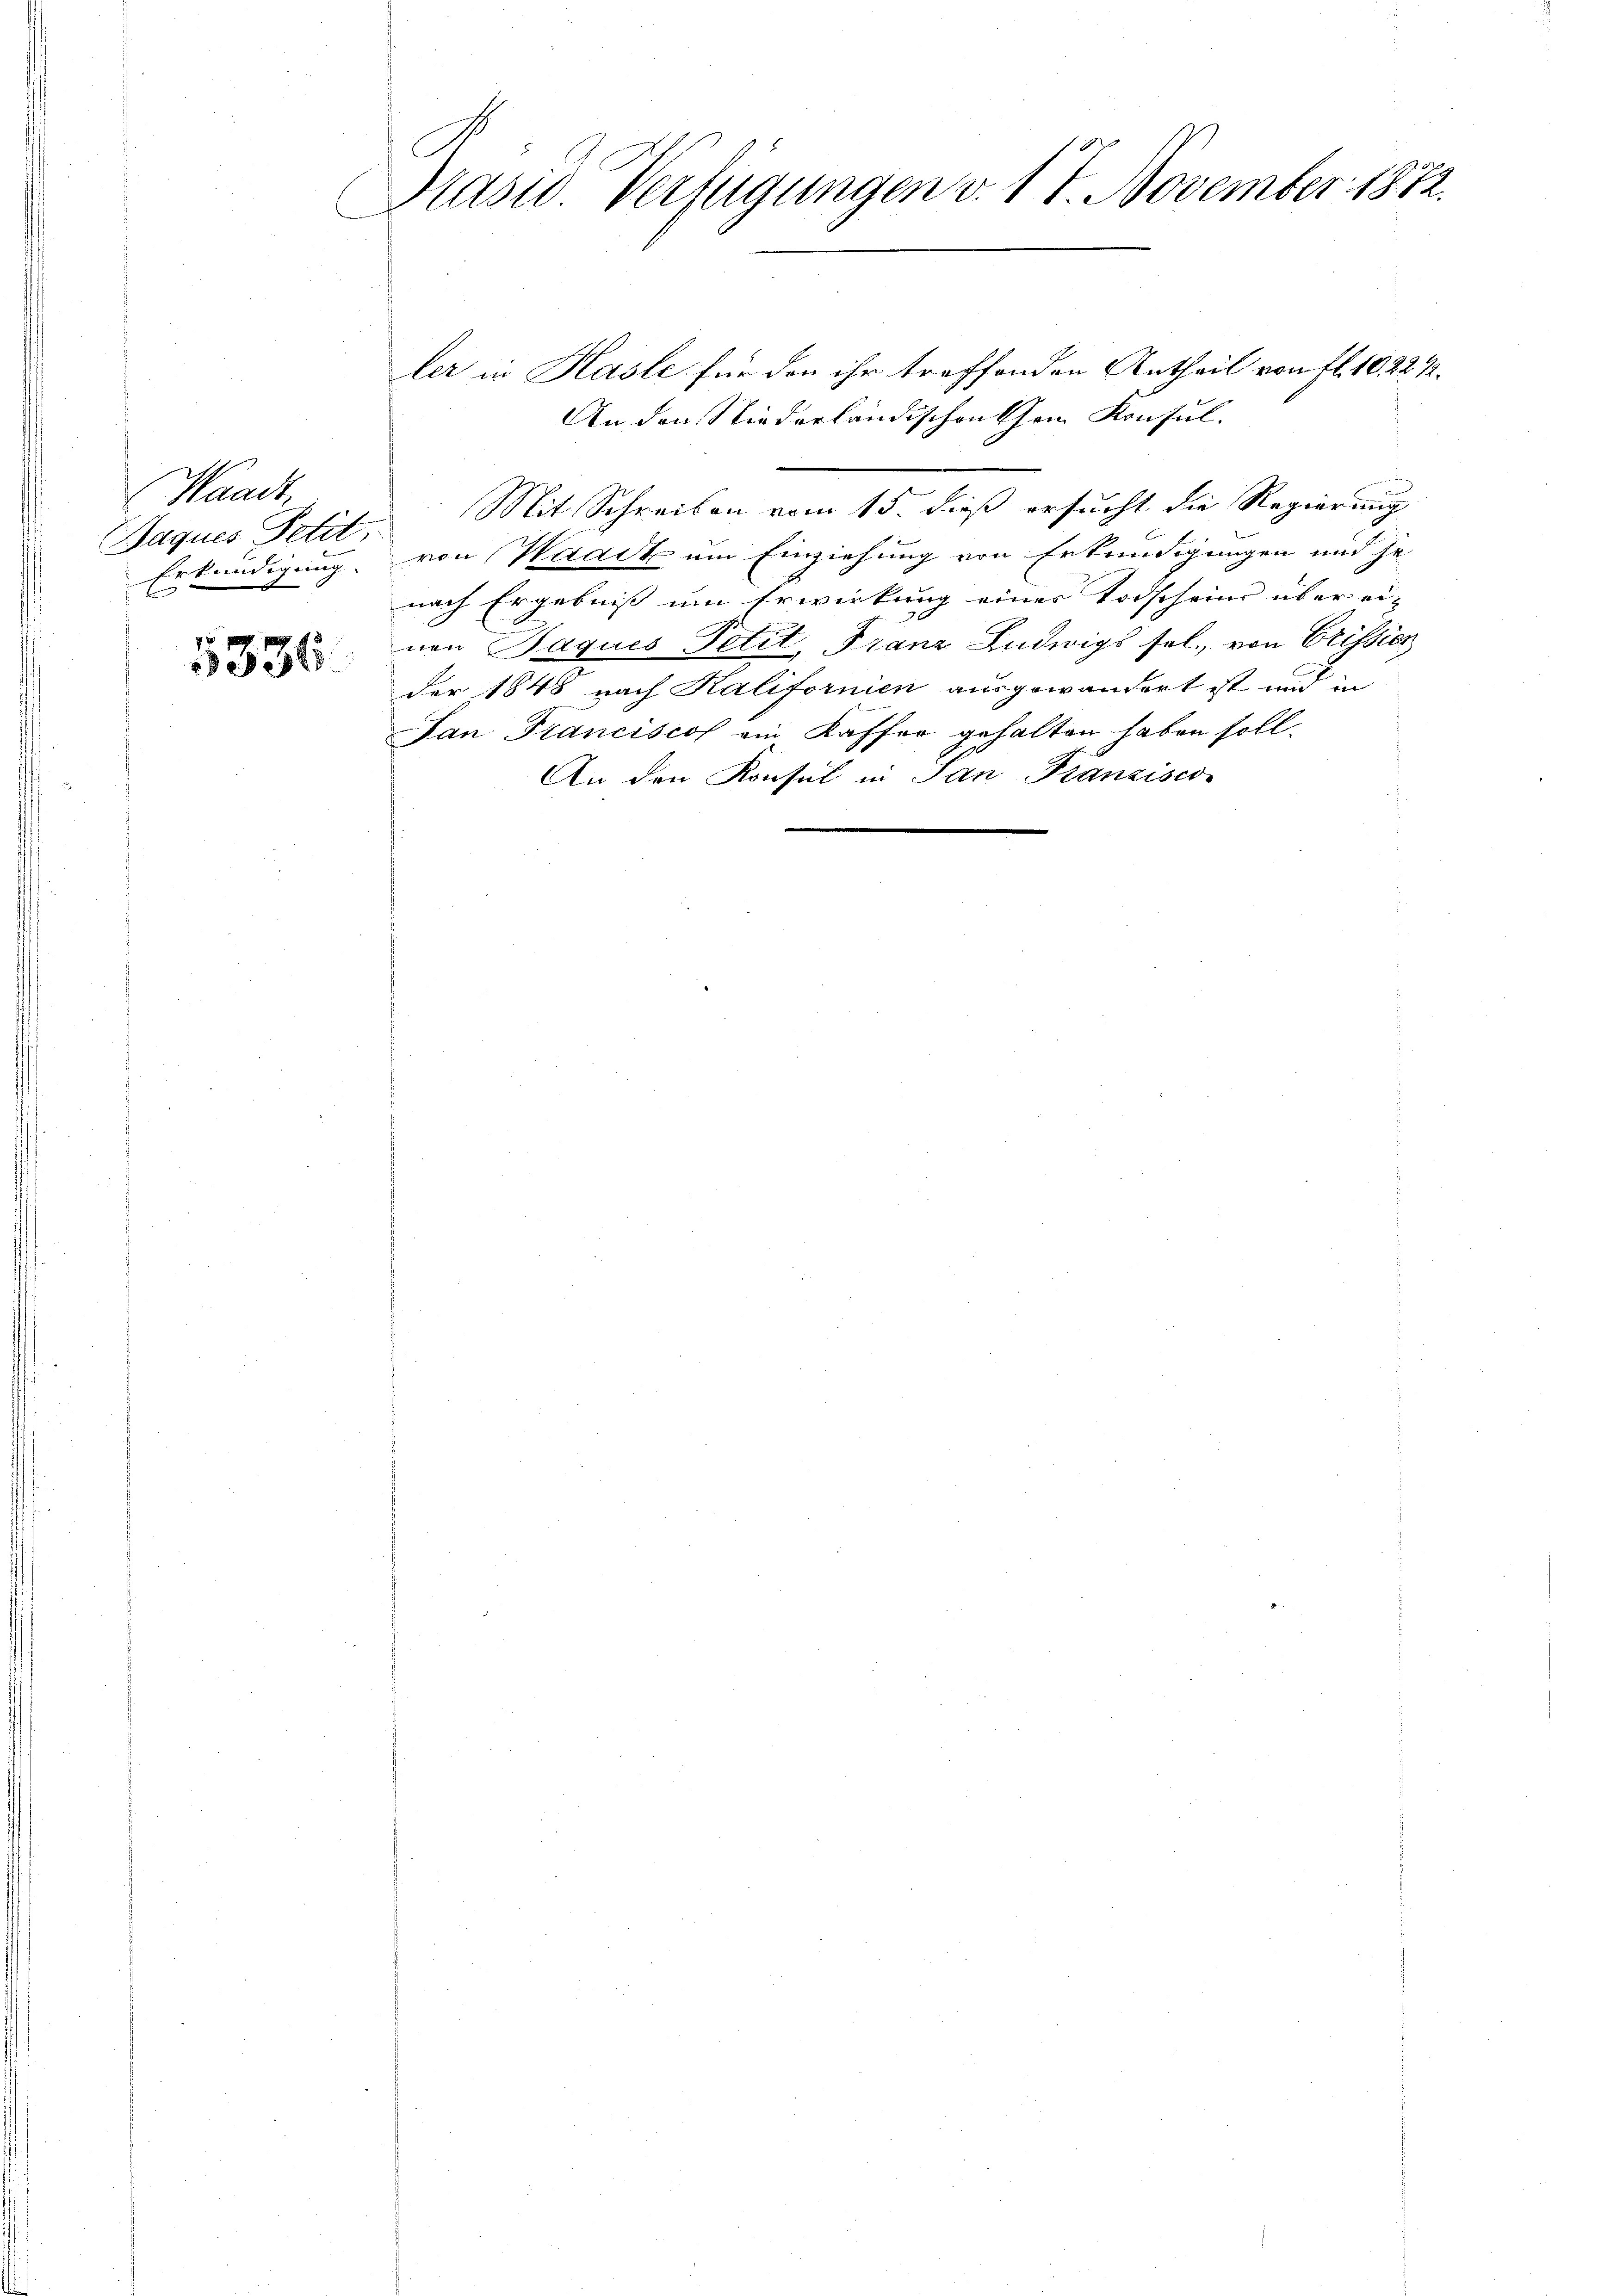
Waadt,
Gaques Petit,
Erkundigung. |
n

5336

Präsid. Verfügungen v. 17. November 1872.

ler in Hasle für den ihr treffenden Antheil von fl. 10. 224.
An den Niederländischen Cham Konsul-
Mit Schreiben vom 15. dieß ersucht die Regierung
von Waadt um Einziehung von Erkundigungen und je
nach Ergebniß um Erwirkung eines Todscheins über eivon Paques Petit, Franz Ludwigs sel., von Crission
der 1848 nach Kalifornien ausgewandert ist und in
San Franciscof ein Kaffee gehalten haben soll.
An den Konsul in San Franzisco